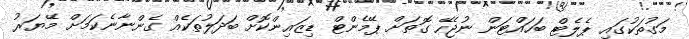
މަގުތަކުގައި ޕެލެޓް ބަހައްޓަން ނުޖެހޭ ގޮތަށް ޕޭމެންޓް ޑިޒައިންކޮށް ބަދަލުތަކެއް ގެންނާނެކަމަށް މޭޔަރު